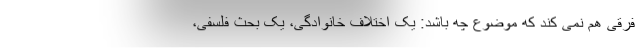
فرقی هم نمی کند که موضوع چه باشد: یک اختلاف خانوادگی، یک بحث فلسفی،